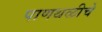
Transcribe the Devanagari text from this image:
पाणथळीचे